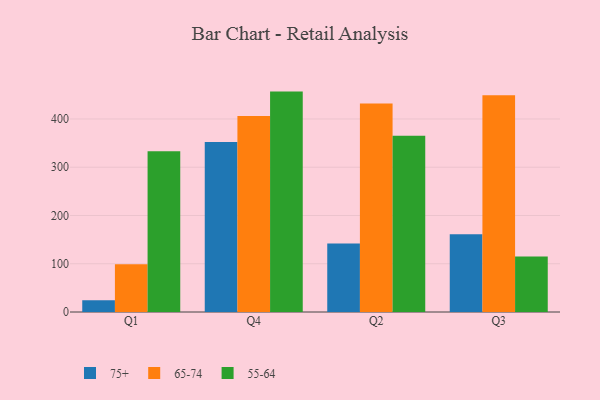
{"axis": {"x": "Quarter", "y": "Active Users"}, "legend": ["55-64", "65-74", "75+"], "data": [{"x": "Q1", "y": 24.5, "type": "75+"}, {"x": "Q1", "y": 99.2, "type": "65-74"}, {"x": "Q1", "y": 333.1, "type": "55-64"}, {"x": "Q4", "y": 352.4, "type": "75+"}, {"x": "Q4", "y": 406.0, "type": "65-74"}, {"x": "Q4", "y": 456.7, "type": "55-64"}, {"x": "Q2", "y": 141.7, "type": "75+"}, {"x": "Q2", "y": 431.9, "type": "65-74"}, {"x": "Q2", "y": 365.0, "type": "55-64"}, {"x": "Q3", "y": 161.0, "type": "75+"}, {"x": "Q3", "y": 449.3, "type": "65-74"}, {"x": "Q3", "y": 115.2, "type": "55-64"}]}